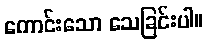
ကောင်းသော သေခြင်းပါ။